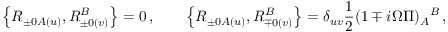
\left\{ R _ { \pm 0 A ( u ) } , R _ { \pm 0 ( v ) } ^ { B } \right\} = 0 \, , \qquad \left\{ R _ { \pm 0 A ( u ) } , R _ { \mp 0 ( v ) } ^ { B } \right\} = \delta _ { u v } \frac { 1 } { 2 } ( 1 \mp i \Omega \Pi ) _ { A } { } ^ { B } \, ,